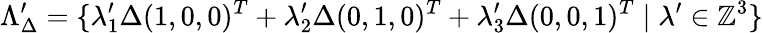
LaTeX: \Lambda_{\Delta}^{\prime}=\{ \lambda_{1}^{\prime}\Delta(1,0,0)^{T}+\lambda_{2}^{\prime}\Delta(0,1,0)^{T}+\lambda_{3}^{\prime}\Delta(0,0,1)^{T}\mid\lambda^{\prime}\in{\mathbb{Z}}^{3}\}